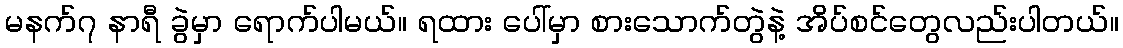
မနက်၇ နာရီ ခွဲမှာ ရောက်ပါမယ်။ ရထား ပေါ်မှာ စားသောက်တွဲနဲ့ အိပ်စင်တွေလည်းပါတယ်။